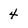
Character: 4